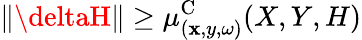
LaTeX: \Vert\deltaH\Vert\ge\mu_{(\mathbf{x},y,\omega)}^{\textrm{{C}}}(X,Y,H)